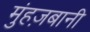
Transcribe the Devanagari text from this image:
मुंहज़बानी